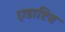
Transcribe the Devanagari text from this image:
एडाप्टिव